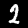
Label: 2